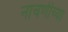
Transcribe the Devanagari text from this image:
नाचणीच्या